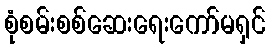
စုံစမ်းစစ်ဆေးရေးကော်မရှင်